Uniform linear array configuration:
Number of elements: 8
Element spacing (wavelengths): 1
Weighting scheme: hann
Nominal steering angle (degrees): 45
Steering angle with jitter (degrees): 44.954
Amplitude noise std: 0.05
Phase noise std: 0.05

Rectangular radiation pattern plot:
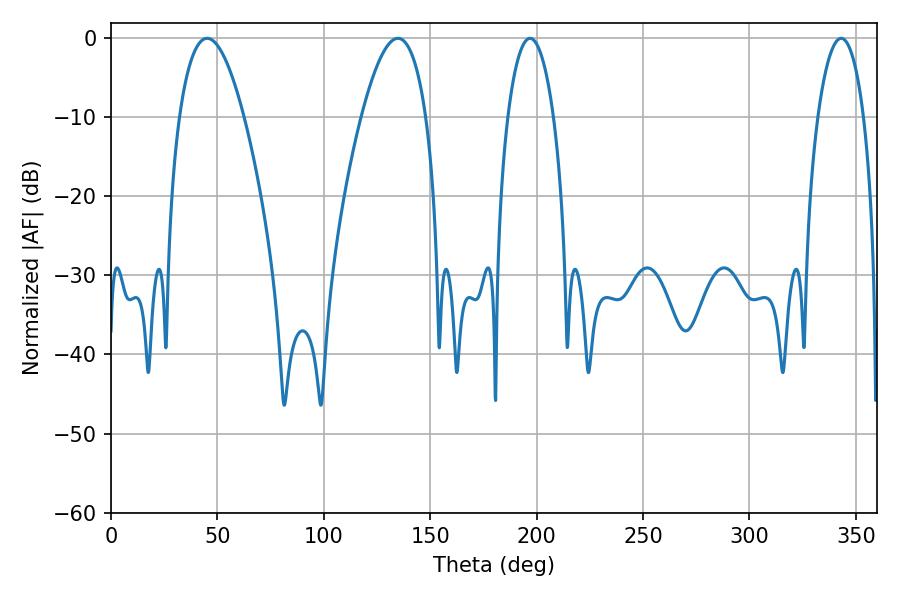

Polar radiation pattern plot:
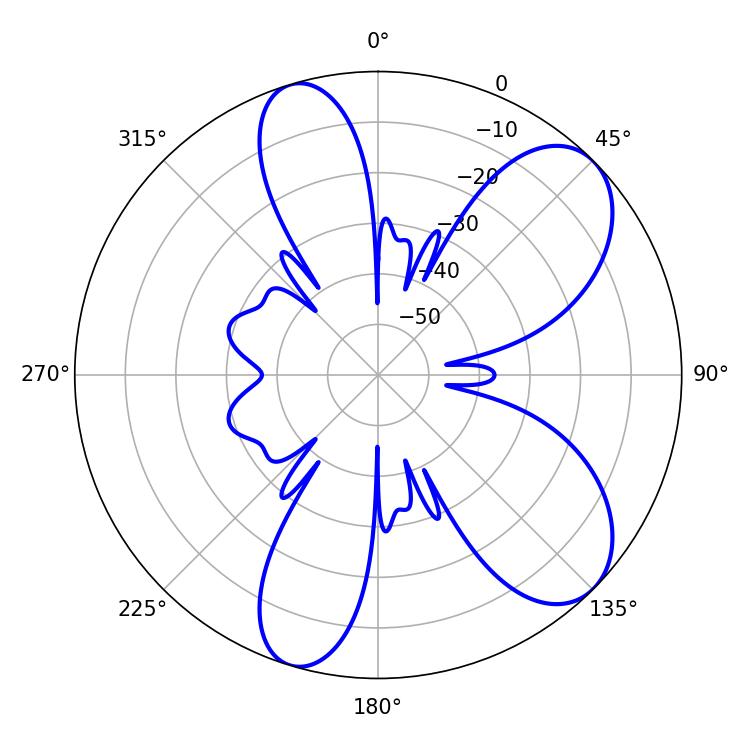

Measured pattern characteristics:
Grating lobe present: TRUE
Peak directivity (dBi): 7.991
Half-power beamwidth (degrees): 16.74
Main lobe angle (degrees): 45.18